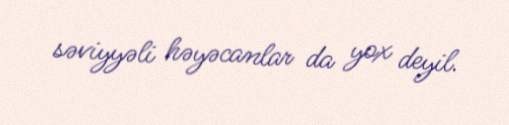
səviyyəli həyəcanlar da yox deyil.